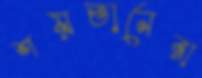
শয়তানেরা